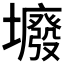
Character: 𡓊